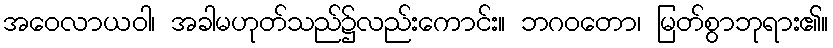
အဝေလာယဝါ၊ အခါမဟုတ်သည်၌လည်းကောင်း။ ဘဂဝတော၊ မြတ်စွာဘုရား၏။